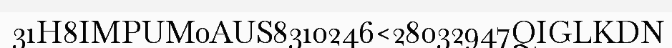
31H8IMPUM0AUS8310246<28032947QIGLKDN